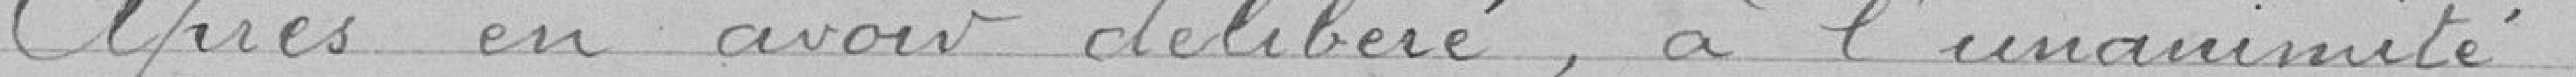
Après en avoir délibéré, à l'unanimité :